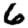
Digit: 6